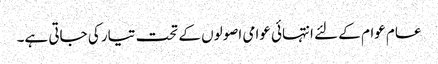
عام عوام کے لئے انتہائی عوامی اصولوں کے تحت تیار کی جاتی ہے۔